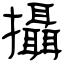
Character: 攝